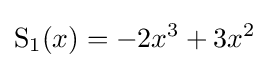
\operatorname {S} _{1}(x)=-2x^{3}+3x^{2}